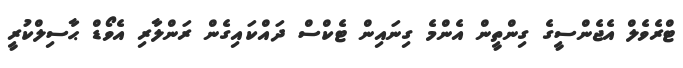
ޓްރެވެލް އެޖެންސީގެ ގިންތީން އެންމެ ގިނައިން ޓެކްސް ދައްކައިގެން ރަންލާރި އެވޯޑް ޙާސިލްކުރީ